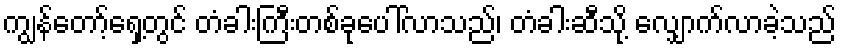
ကျွန်တော့်ရှေ့တွင် တံခါးကြီးတစ်ခုပေါ်လာသည်၊ တံခါးဆီသို့ လျှောက်လာခဲ့သည်